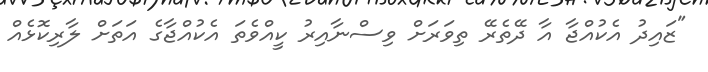
"ޒައިދު އެކުއްޖާ އާ ދޭތެރޭ ތިވަރަށް ވިސްނާއިރު ކީއްވެތަ އެކުއްޖާގެ އަތަށް ލާރިކޮޅެއް